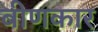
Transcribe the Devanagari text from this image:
बीणकार